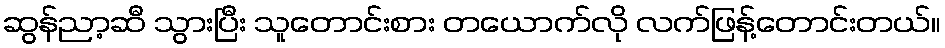
ဆွန်ညာ့ဆီ သွားပြီး သူတောင်းစား တယောက်လို လက်ဖြန့်တောင်းတယ်။